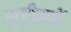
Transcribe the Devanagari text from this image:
सृष्टीमधें